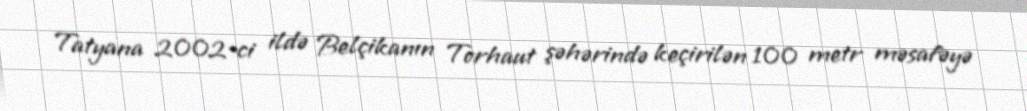
Tatyana 2002-ci ildə Belçikanın Torhaut şəhərində keçirilən 100 metr məsafəyə